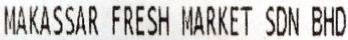
MAKASSAR FRESH MARKET SDN BHD